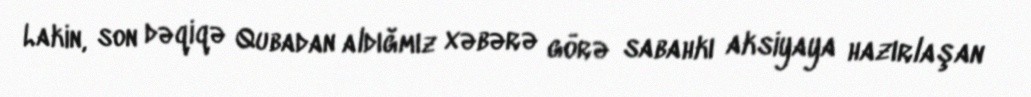
Lakin, son dəqiqə Qubadan aldığmız xəbərə görə sabahkı aksiyaya hazırlaşan